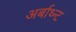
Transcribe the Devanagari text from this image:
अर्बाथ्न्ट